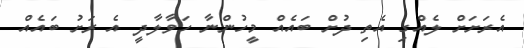
އެރަށަށް ލެއްގި އެތި ދުށް ބައެއް މީހުންނާ ހަވާލާދީ އެ ރަށު ބައެއް